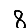
Digit: 8